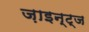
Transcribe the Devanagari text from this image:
ज़ाइन्ट्ज